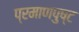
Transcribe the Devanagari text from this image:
प्रमाणपुष्ट